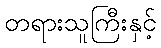
တရားသူကြီးနှင့်